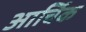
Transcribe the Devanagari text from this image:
आर्चिक